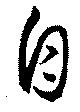
自